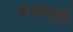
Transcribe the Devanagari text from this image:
पंचामृती